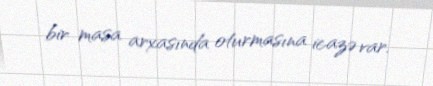
bir masa arxasında oturmasına icazə var.